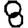
Digit: 8